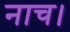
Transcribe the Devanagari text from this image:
नाच।